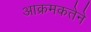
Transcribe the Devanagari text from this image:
आक्रमकतेने